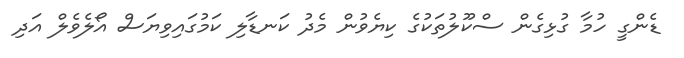
ޑެންގީ ހުމާ ގުޅިގެން ސްކޫލުތަކުގެ ކިޔެވުން މެދު ކަނޑާލި ކަމުގައިވިޔަސް އޯލެވެލް އަދި